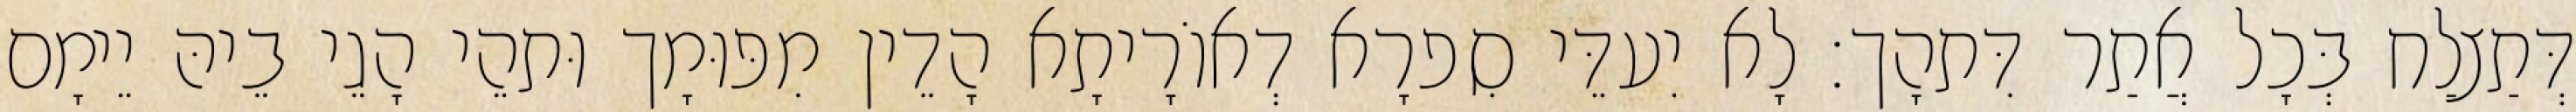
דְּתַצלַח בְּכָל אֲתַר דִּתהָך׃ לָא יִעדֵּי סִפרָא דְאוֹרָיתָא הָדֵין מִפּוּמָך וּתהֵי הָגֵי בֵיהּ יֵימָם